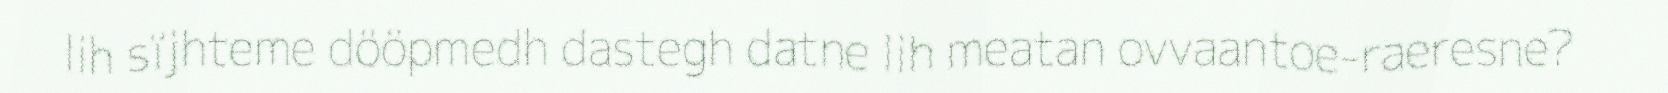
lih sïjhteme dööpmedh dastegh datne lih meatan ovvaantoe-raeresne?